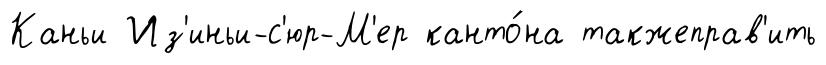
Каньи Из'иньи-с'юр-М'ер канто́на такжеправ'ить